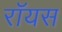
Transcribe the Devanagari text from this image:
राॅयस